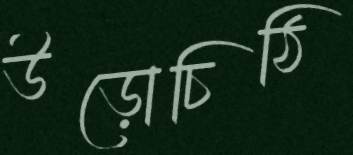
উড়োচিঠি